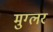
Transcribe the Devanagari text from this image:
मुग्लर